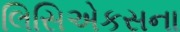
લિસિએકસના